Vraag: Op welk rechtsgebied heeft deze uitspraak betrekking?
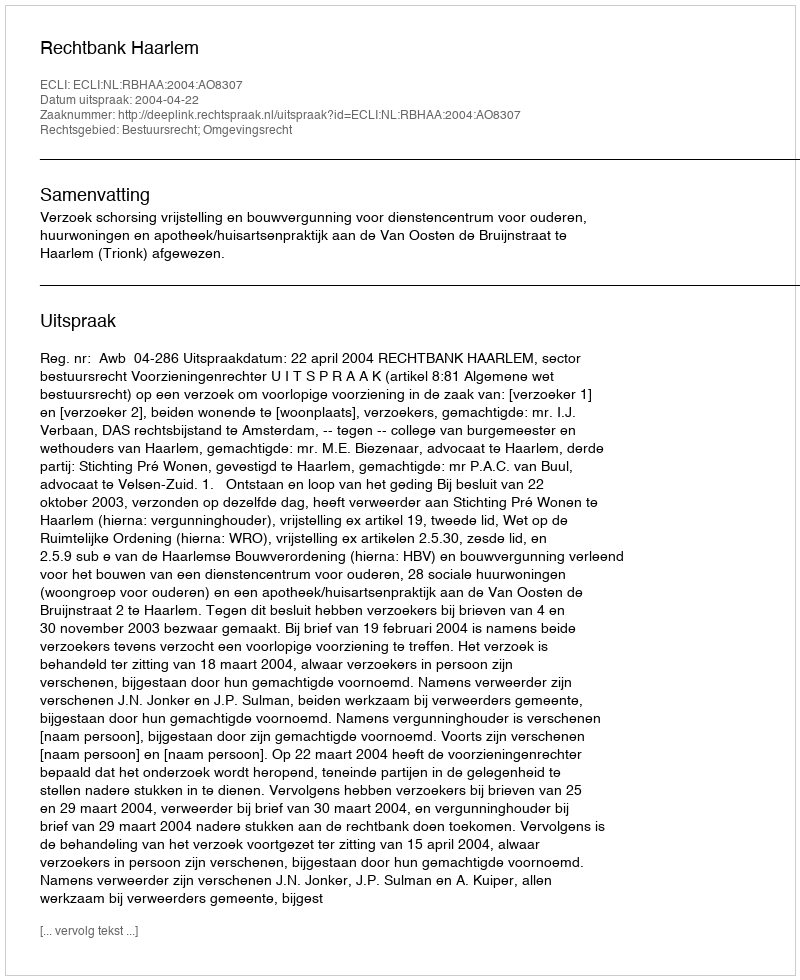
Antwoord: Bestuursrecht; Omgevingsrecht